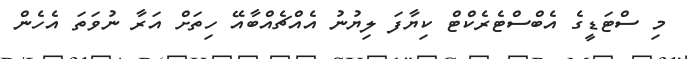
މި ސްޓަޑީގެ އެބްސްޓެރެކްޓް ކިޔާފަ ލިޔުނު އެއްޗެއްބާއޭ ހިތަށް އަރާ ނުވަތަ އެހެން